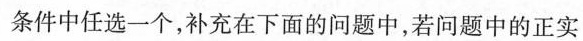
条件中任选一个，补充在下面的问题中，若问题中的正实